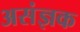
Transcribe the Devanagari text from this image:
असंज्ञक